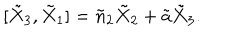
[ \tilde { X } _ { 3 } , \tilde { X } _ { 1 } ] = \tilde { n } _ { 2 } \tilde { X } _ { 2 } + \tilde { a } \tilde { X } _ { 3 } .